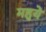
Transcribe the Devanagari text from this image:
महुये